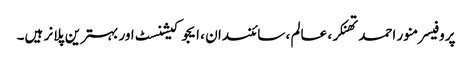
پروفیسر منور احمد تھنکر ، عالم ، سائنسدان ، ایجوکیشنسٹ اور بہترین پلانر ہیں۔